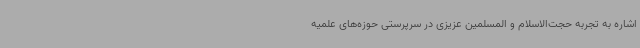
اشاره به تجربه حجت‌الاسلام و المسلمین عزیزی در سرپرستی حوزه‌های علمیه